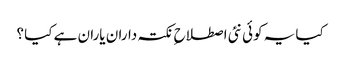
کیا یہ کوئی نئی اصطلاح ِ نکتہ داران یاران ہے کیا ؟